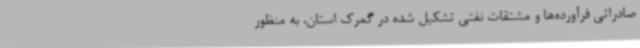
صادراتی فرآورده‌ها و مشتقات نفتی تشکیل شده در گمرک استان، به منظور